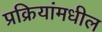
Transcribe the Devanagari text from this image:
प्रक्रियांमधील